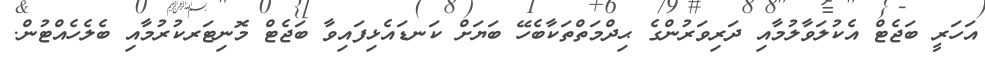
އަހަރީ ބަޖެޓް އެކުލަވާލުމާއި ދަރިވަރުންގެ ޙިދްމަތްތަކާބެހޭ ބަޔަށް ކަނޑައެޅިފައިވާ ބަޖެޓް މޮނިޓަރކުރުމާއި ބެލެހެއްޓުން.